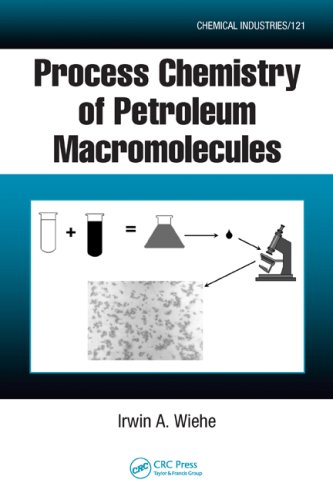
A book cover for Process Chemistry of Petroleum Macromolecules (Chemical Industries); Irwin A. Wiehe; Science & Math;